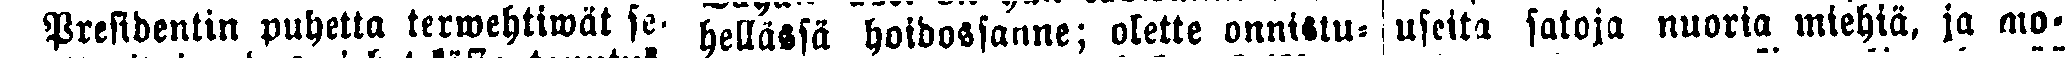
Presidentin puhetta terwehtiwät seä  hellästä hoidostanne; olette onnistu-  useita satoja nuoria miehiä, ja mo-